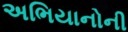
અભિયાનોની